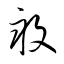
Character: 畆